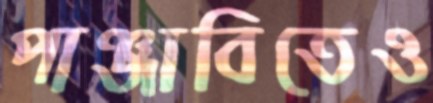
পাঞ্জাবিতেও